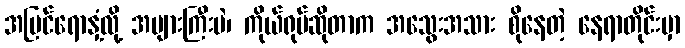
အပြင်ရောနှံ့လို့ အများကြီးပဲ၊ ကိုယ်ရုပ်ဆိုတာက အသွေးအသား စိုနေတဲ့ နေရာတိုင်းမှာ